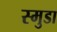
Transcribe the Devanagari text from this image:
स्मुडा